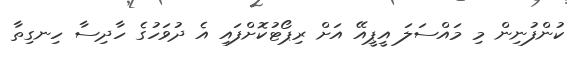
ކުންފުނިން މި މައްސަލަ އީޕީއޭ އަށް ރިޕޯޓުކޮށްފައި އެ ދުވަހުގެ ހާދިސާ ހިނގިތާ